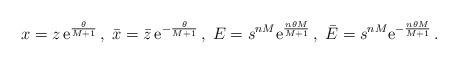
LaTeX: \begin{align*}x=z\,\mbox{e}^{\frac{\theta}{M+1}}\,, \; \bar{x} = \bar{z}\,\mbox{e}^{-\frac{\theta}{M+1} }\,, \; E= s^{nM} \mbox{e}^{ \frac{n\theta M}{M+1} }\,, \; \bar{E} = s^{nM} \mbox{e}^{ -\frac{n\theta M}{M+1} }\,. \end{align*}